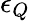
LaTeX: \epsilon_{Q}